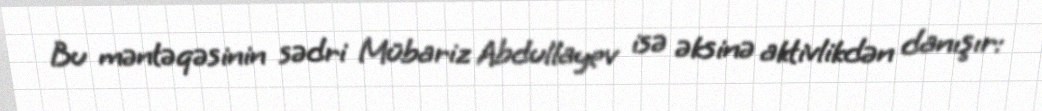
Bu məntəqəsinin sədri Mübariz Abdullayev isə əksinə aktivlikdən danışır: